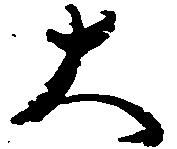
大